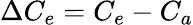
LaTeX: \Delta C_{e}=C_{e}-C_{a}